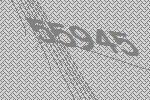
55945